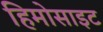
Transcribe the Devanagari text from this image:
हिमोसाइट